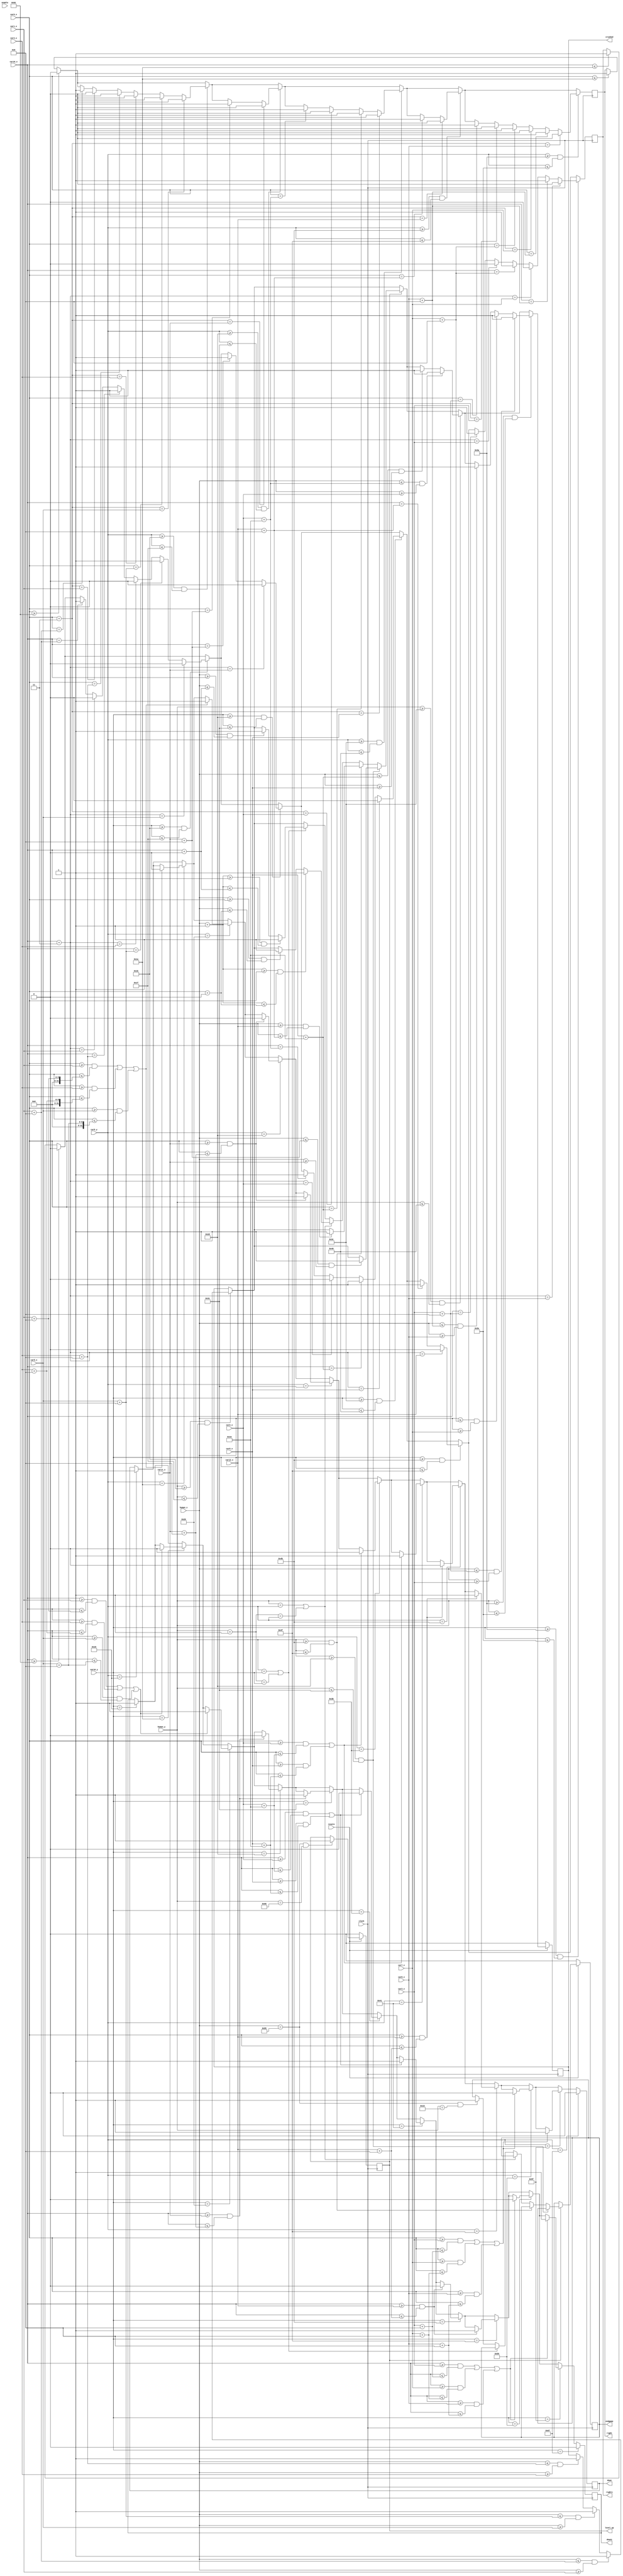
module comparator(resetn, clock, 
						human_x, car1_x,car2_x,car3_x, car4_x, car5_x,car6_x,car7_x,car8_x,car9_x,car9_y,car10_x,car10_y,car11_x,car12_x,
						right,down,right1,down1,
						human_y, crushed, enable,level_up,endgame);
	input resetn, clock, enable;
	input [7:0]human_x, car1_x,car2_x,car3_x,car4_x,car5_x,car6_x,car7_x,car8_x,car9_x,car10_x,car11_x,car12_x;
	input [6:0]car9_y,car10_y;
	input [6:0]human_y;
	output reg crushed, endgame;
	output reg level_up = 1'b0;
	output reg right, down,right1,down1;
	// moto car9 direction
	always@(posedge clock)
	begin
		if (car9_x <= 8'd26)
			right <= 1'b1;
		if (car9_x >= 8'd130)
			right <= 1'b0;
		if ((car9_y >= 7'd27)&& (car9_y <= 7'd31))begin	//at the line has car1
			if (car9_x == car1_x + 7'd8)begin
				right <= 1'b1;
				end
			if (car9_x + 2'd3 == car1_x)begin
				right <= 1'b0;
				end
			if (car9_x == car4_x + 7'd8)begin
				right <= 1'b1;
				end
			if (car9_x + 2'd3 == car4_x)begin
				right <= 1'b0;
				end
			if (car9_x == car5_x + 7'd8)begin
				right <= 1'b1;
				end
			if (car9_x + 2'd3 == car5_x)begin
				right <= 1'b0;
				end
		end
		if ((car9_y >= 7'd45)&&(car9_y <= 7'd49))begin
			if ((car9_x == car11_x + 7'd8))begin
				right <= 1'b1;
				end
			if (car9_x + 2'd3 == car11_x)begin
				right <= 1'b0;
				end
		end
		if((car9_y >= 7'd60) && (car9_y <= 7'd64))begin//at the line has car2
			if (car9_x == car2_x + 7'd16)begin
				right <= 1'b1;
				end
			if (car9_x + 2'd3 == car2_x)begin
				right <= 1'b0;
				end
			if (car9_x == car6_x + 7'd16)begin
				right <= 1'b1;
				end
			if (car9_x + 2'd3 == car6_x)begin
				right <= 1'b0;
				end
		end
		if ((car9_y >= 7'd75)&&(car9_y <= 7'd79))begin
			if ((car9_x == car12_x + 7'd8))begin
				right <= 1'b1;
				end
			if (car9_x + 2'd3 == car12_x)begin
				right <= 1'b0;
				end
			end
		if((car9_y >= 7'd90) && (car9_y <= 7'd94))begin//at the line has car3
			if (car9_x == car3_x + 7'd8)begin
				right <= 1'b1;
				end
			if (car9_x + 2'd3 == car3_x)begin
				right <= 1'b0;
				end
			if (car9_x == car7_x + 7'd8)begin
				right <= 1'b1;
				end
			if (car9_x + 2'd3 == car7_x)begin
				right <= 1'b0;
				end
			if (car9_x == car8_x + 7'd8)begin
				right <= 1'b1;
				end
			if (car9_x +2'd3 == car8_x)begin
				right <= 1'b0;
				end
		end
		if (car9_y == 7'd24)
			down <= 1'b1;
		if (car9_y == 7'd26)begin
			if (((car9_x >= car1_x) && (car9_x <= car1_x + 8))||((car9_x >= car4_x)&&(car9_x <= car4_x+8))||((car9_x >= car5_x)&&(car9_x <= car5_x+8)))
				down <= 1'b0;
		end
		if (car9_y == 7'd32)begin
			if (((car9_x >= car1_x) && (car9_x <= car1_x + 8))||((car9_x >= car4_x)&&(car9_x <= car4_x+8))||((car9_x >= car5_x)&&(car9_x <= car5_x+8)))
				down <= 1'b1;
		end
		if (car9_y == 7'd45)begin
			if ((car9_x >= car11_x)&&(car9_x <= car11_x + 8))
				down <= 1'b0;
		end
		if (car9_y == 7'd49)begin
			if ((car9_x >= car11_x)&&(car9_x <= car11_x + 8))
				down <= 1'b1;
		end
		
		if (car9_y == 7'd59)begin
			if (((car9_x >= car2_x)&&(car9_x <= car2_x+16))||((car9_x >= car6_x)&&(car9_x <= car6_x + 16)))
				down <= 1'b0;
		end
		if (car9_y == 7'd65)begin
			if (((car9_x >= car2_x)&&(car9_x <= car2_x+16))||((car9_x >= car6_x)&&(car9_x <= car6_x + 16)))
				down <= 1'b1;
		end
		if (car9_y == 7'd75)begin
			if ((car9_x >= car12_x)&&(car9_x <= car12_x + 8))
				down <= 1'b0;
		end
		if (car9_y == 7'd79)begin
			if ((car9_x >= car12_x)&&(car9_x <= car12_x + 8))
				down <= 1'b1;
		end
		if (car9_y == 7'd89)begin
			if (((car9_x >= car3_x) && (car9_x <= car3_x + 8))||((car9_x >= car7_x)&&(car9_x <= car7_x+8))||((car9_x >= car8_x)&&(car9_x <= car8_x+8)))
				down <= 1'b0;
		end
		if (car9_y == 7'd95)begin
			if (((car9_x >= car3_x) && (car9_x <= car3_x + 8))||((car9_x >= car7_x)&&(car9_x <= car7_x+8))||((car9_x >= car8_x)&&(car9_x <= car8_x+8)))
				down <= 1'b1;
		end
		if (car9_y == 7'd103)begin
			down <= 1'b0;
		end
	end
	
	
	// moto car10 direction
	always@(posedge clock)
	begin
		if (car10_x <= 8'd26)
			right1 <= 1'b1;
		if (car10_x >= 8'd130)
			right1 <= 1'b0;
		if ((car10_y >= 7'd27)&& (car10_y <= 7'd31))begin	//at the line has car1
			if (car10_x == car1_x + 7'd8)begin
				right1 <= 1'b1;
				end
			if (car10_x + 2'd3 == car1_x)begin
				right1 <= 1'b0;
				end
			if (car10_x == car4_x + 7'd8)begin
				right1 <= 1'b1;
				end
			if (car10_x + 2'd3 == car4_x)begin
				right1 <= 1'b0;
				end
			if (car10_x == car5_x + 7'd8)begin
				right1 <= 1'b1;
				end
			if (car10_x + 2'd3 == car5_x)begin
				right1 <= 1'b0;
				end
		end
		if ((car10_y >= 7'd45)&&(car10_y <= 7'd49))begin
			if ((car10_x == car11_x + 7'd8))begin
				right1 <= 1'b1;
				end
			if (car10_x + 2'd3 == car11_x)begin
				right1 <= 1'b0;
				end
		end
		
		if((car10_y >= 7'd60) && (car10_y <= 7'd64))begin//at the line has car2
			if (car10_x == car2_x + 7'd16)begin
				right1 <= 1'b1;
				end
			if (car10_x + 2'd3 == car2_x)begin
				right1 <= 1'b0;
				end
			if (car10_x == car6_x + 7'd16)begin
				right1 <= 1'b1;
				end
			if (car10_x + 2'd3 == car6_x)begin
				right1 <= 1'b0;
				end
		end
		if ((car10_y >= 7'd75)&&(car10_y <= 7'd79))begin
			if ((car10_x == car12_x + 7'd8))begin
				right1 <= 1'b1;
				end
			if (car10_x + 2'd3 == car12_x)begin
				right1 <= 1'b0;
				end
		end
		if((car10_y >= 7'd90) && (car10_y <= 7'd94))begin//at the line has car3
			if (car10_x == car3_x + 7'd8)begin
				right1 <= 1'b1;
				end
			if (car10_x + 2'd3 == car3_x)begin
				right1 <= 1'b0;
				end
			if (car10_x == car7_x + 7'd8)begin
				right1 <= 1'b1;
				end
			if (car10_x + 2'd3 == car7_x)begin
				right1 <= 1'b0;
				end
			if (car10_x == car8_x + 7'd8)begin
				right1 <= 1'b1;
				end
			if (car10_x +2'd3 == car8_x)begin
				right1 <= 1'b0;
				end
		end
		if (car10_y == 7'd24)
			down1 <= 1'b1;
		if (car10_y == 7'd26)begin
			if (((car10_x >= car1_x) && (car10_x <= car1_x + 8))||((car10_x >= car4_x)&&(car10_x <= car4_x+8))||((car10_x >= car5_x)&&(car10_x <= car5_x+8)))
				down1 <= 1'b0;
		end
		if (car10_y == 7'd32)begin
			if (((car10_x >= car1_x) && (car10_x <= car1_x + 8))||((car10_x >= car4_x)&&(car10_x <= car4_x+8))||((car10_x >= car5_x)&&(car10_x <= car5_x+8)))
				down1 <= 1'b1;
		end
		if (car10_y == 7'd45)begin
			if ((car10_x >= car11_x)&&(car10_x <= car11_x + 8))
				down1 <= 1'b0;
		end
		if (car10_y == 7'd49)begin
			if ((car10_x >= car11_x)&&(car10_x <= car11_x + 8))
				down1 <= 1'b1;
		end
		
		if (car10_y == 7'd59)begin
			if (((car10_x >= car2_x)&&(car10_x <= car2_x+16))||((car10_x >= car6_x)&&(car10_x <= car6_x + 16)))
				down1 <= 1'b0;
		end
		if (car10_y == 7'd65)begin
			if (((car10_x >= car2_x)&&(car10_x <= car2_x+16))||((car10_x >= car6_x)&&(car10_x <= car6_x + 16)))
				down1 <= 1'b1;
		end
		if (car10_y == 7'd75)begin
			if ((car10_x >= car12_x)&&(car10_x <= car12_x + 8))
				down1 <= 1'b0;
		end
		if (car10_y == 7'd79)begin
			if ((car10_x >= car12_x)&&(car10_x <= car12_x + 8))
				down1 <= 1'b1;
		end
		if (car10_y == 7'd89)begin
			if (((car10_x >= car3_x) && (car10_x <= car3_x + 8))||((car10_x >= car7_x)&&(car10_x <= car7_x+8))||((car10_x >= car8_x)&&(car10_x <= car8_x+8)))
				down1 <= 1'b0;
		end
		if (car10_y == 7'd95)begin
			if (((car10_x >= car3_x) && (car10_x <= car3_x + 8))||((car10_x >= car7_x)&&(car10_x <= car7_x+8))||((car10_x >= car8_x)&&(car10_x <= car8_x+8)))
				down1 <= 1'b1;
		end
		if (car10_y == 7'd103)begin
			down1 <= 1'b0;
		end
	end
	
	always@(posedge clock)
	begin
		if(!resetn)
			level_up<= 1'b0;
		else if((human_x == 8'd133) && (human_y == 7'd102))
			level_up <= 1'b1;
	end
		
	
	
	always@(posedge clock)
	begin
	if(!resetn)begin 
		crushed <= 1'b0;
		endgame <= 1'b0;
		end
	else 
		begin
		if((human_y >= 7'd27) && (human_y <= 7'd31))//at the line has car1
			begin
			if((human_x <= car1_x + 7'd8) && (human_x >= car1_x))
				crushed <= 1'b1;
			else if ((human_x <= car5_x + 7'd8) && (human_x >= car5_x))
				crushed <= 1'b1;
			else if ((human_x <= car4_x + 7'd8) && (human_x >= car4_x))
				crushed <= 1'b1;
			end
		if (level_up)begin
			if ((human_y >= 7'd45)&&(human_y <= 7'd49))begin
				if ((human_x <= car11_x + 7'd8)&&(human_x >= car11_x))
					crushed <= 1'b1;
			end
			else if ((human_y >= 7'd75)&&(human_y <= 7'd79))begin
				if ((human_x >= car12_x)&&(human_x <= car12_x + 8'd8))
					crushed <= 1'b1;
			end
			else if ((human_y == car9_y)||(human_y + 1'b1 == car9_y))
			begin
				if  ((human_x >= car9_x) && (human_x <= car9_x + 1'd4))
					crushed <= 1'b1;
				if ((human_x + 1'b1 >= car9_x) && (human_x + 1'b1 <= car9_x + 1'd4))
					crushed <= 1'b1;
			end
			else if ((human_y == car10_y)||(human_y + 1'b1 == car10_y))
			begin
				if  ((human_x >= car10_x) && (human_x <= car10_x + 1'd4))
					crushed <= 1'b1;
				if ((human_x + 1'b1 >= car10_x) && (human_x + 1'b1 <= car10_x + 1'd4))
					crushed <= 1'b1;
			end
			else if ((human_x == 8'd133)&&(human_y == 7'd21))
				endgame <= 1'b1;
		end
			
		if((human_y >= 7'd60) && (human_y <= 7'd64))//at the line has car2
			begin
			if((human_x <= car2_x + 7'd16) && (human_x >= car2_x))
				crushed <= 1'b1;
			else if((human_x <= car6_x + 7'd16) && (human_x >= car6_x))
				crushed <= 1'b1;
			end
		
		if((human_y >= 7'd90) && (human_y <= 7'd94))//at the line has car3
			begin
			if((human_x <= car3_x + 7'd8) && (human_x >= car3_x))
				crushed <= 1'b1;
			else if((human_x <= car7_x + 7'd8) && (human_x >= car7_x))
				crushed <= 1'b1;
			else if((human_x <= car8_x + 7'd8) && (human_x >= car8_x))
				crushed <= 1'b1;
			end
		end
	end

endmodule